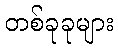
တစ်ခုခုများ